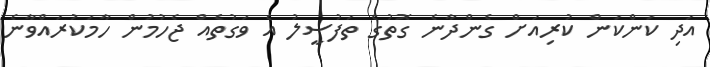
އަދި ކަންކަން ކުރިއަށް ގެންދާނެ ގޮތުގެ ތަފުސީލު އެ ވަގުތެއް ޖެހުމުން ހާމަކުރައްވާނެ